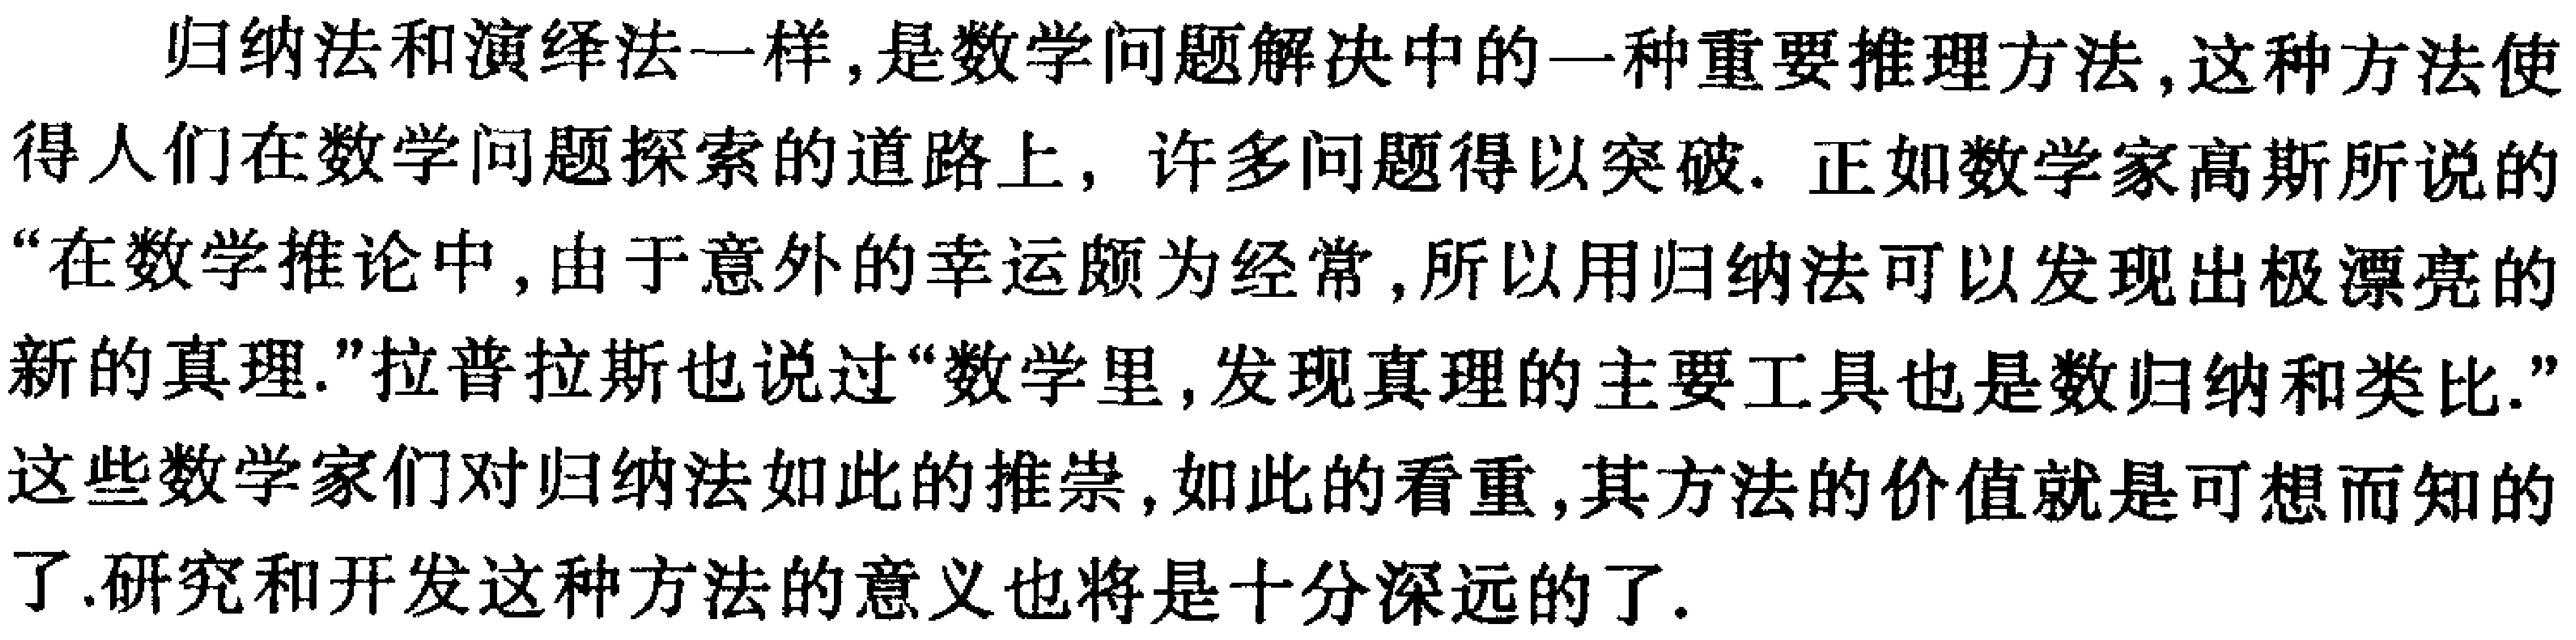
归纳法和演绎法一样，是数学问题解决中的一种重要推理方法，这种方法使得人们在数学问题探索的道路上，许多问题得以突破. 正如数学家高斯所说的“在数学推论中，由于意外的幸运颇为经常，所以用归纳法可以发现出极漂亮的新的真理.”拉普拉斯也说过“数学里，发现真理的主要工具也是数归纳和类比.”这些数学家们对归纳法如此的推崇，如此的看重，其方法的价值就是可想而知的了.研究和开发这种方法的意义也将是十分深远的了.